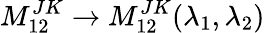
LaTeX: M_{12}^{JK}\rightarrow M_{12}^{JK}(\lambda_{1},\lambda_{2})